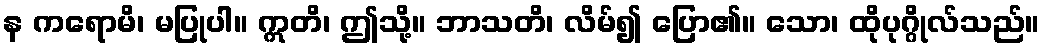
န ကရောမိ၊ မပြုပါ။ ဣတိ၊ ဤသို့။ ဘာသတိ၊ လိမ်၍ ပြော၏။ သော၊ ထိုပုဂ္ဂိုလ်သည်။